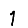
Digit: 1